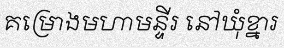
គម្រោងមហាមន្ទីរ នៅឃុំខ្នារ